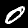
Label: 0